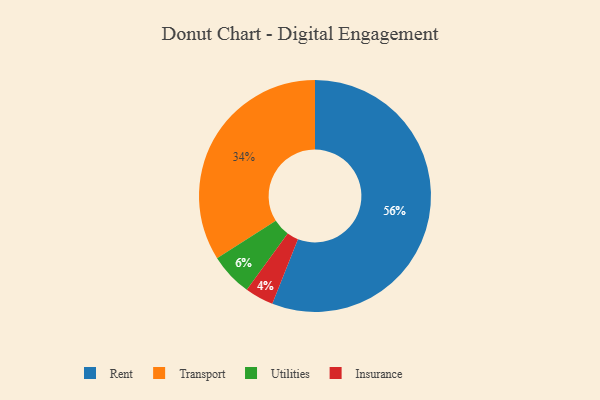
{"axis": {"x": "Category", "y": "Percentage"}, "legend": ["Insurance", "Rent", "Transport", "Utilities"], "data": [{"x": "Insurance", "y": 4, "type": "Insurance"}, {"x": "Utilities", "y": 6, "type": "Utilities"}, {"x": "Transport", "y": 34, "type": "Transport"}, {"x": "Rent", "y": 56, "type": "Rent"}]}